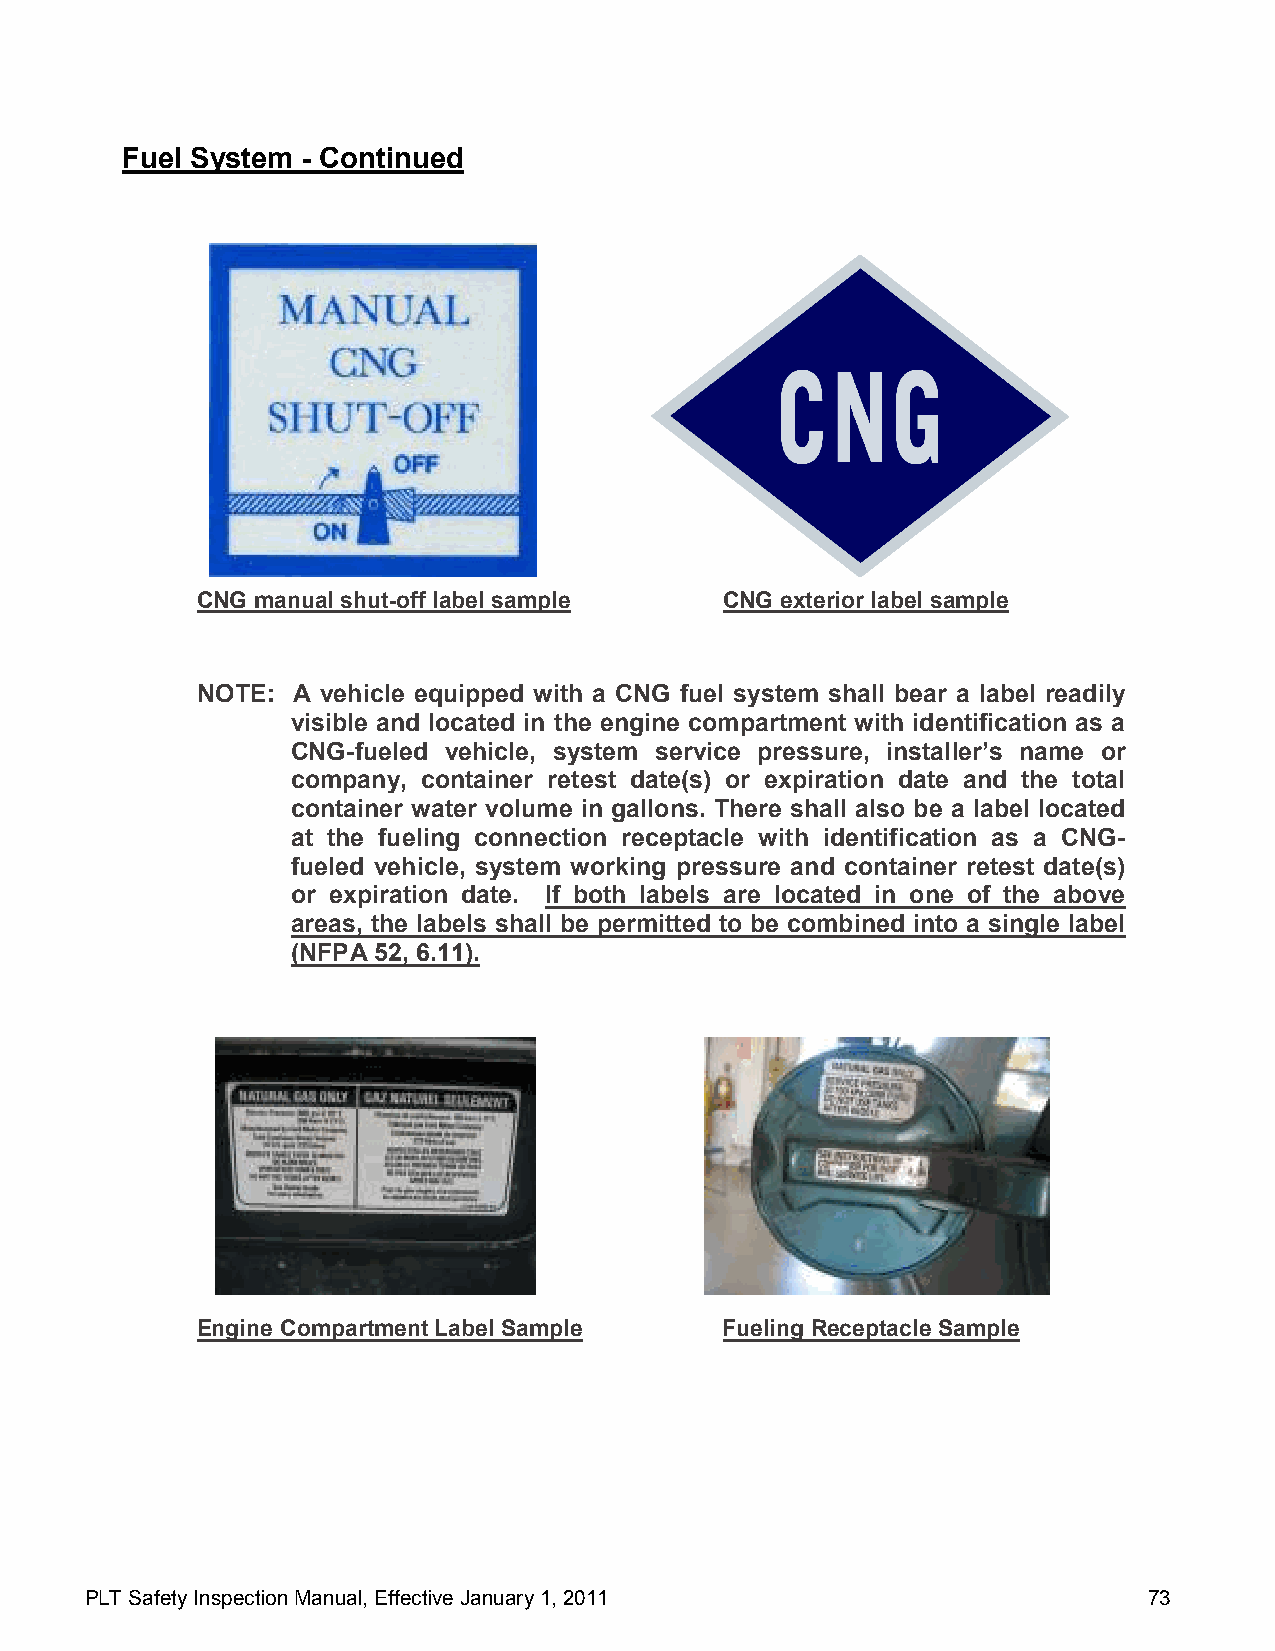
Fuel System - Continued
 CNG manual shut-off label sample   CNG exterior label sample
 NOTE: A vehicle equipped with a CNG fuel system shall bear a label readily
 visible and located in the engine compartment with identification as a
 CNG-fueled vehicle, system service pressure, installer’s name or
 company, container retest date(s) or expiration date and the total
 container water volume in gallons. There shall also be a label located
 at the fueling connection receptacle with identification as a CNG-
 fueled vehicle, system working pressure and container retest date(s)
 or expiration date. If both labels are located in one of the above
 areas, the labels shall be permitted to be combined into a single label
 (NFPA 52, 6.11).
 Engine Compartment Label Sample    Fueling Receptacle Sample
 PLT Safety Inspection Manual, Effective January 1, 2011               73